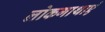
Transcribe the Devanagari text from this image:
लोकगाथाएं